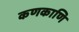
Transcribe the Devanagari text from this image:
कणकाणि